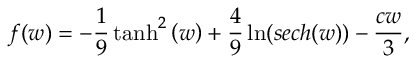
f ( w ) = - \frac { 1 } { 9 } \operatorname { t a n h } ^ { 2 } { \left( w \right) } + \frac { 4 } { 9 } \ln ( s e c h ( w ) ) - \frac { c w } { 3 } ,